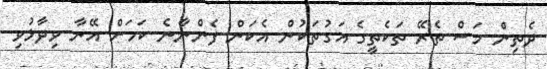
ދެތިން މަސް ތެރޭ ތަކެތީގެ އަގުތަކުން އެކަން ފެންނާނެ ކަމަށް އޭނާ ވިދާޅުވި